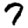
Digit: 7